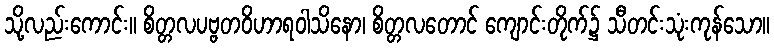
သို့လည်းကောင်း။ စိတ္တလပဗ္ဗတဝိဟာရဝါသိနော၊ စိတ္တလတောင် ကျောင်းတိုက်၌ သီတင်းသုံးကုန်သော။